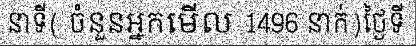
នាទី( ចំនួនអ្នកមើល 1496 នាក់)ថ្ងៃទី